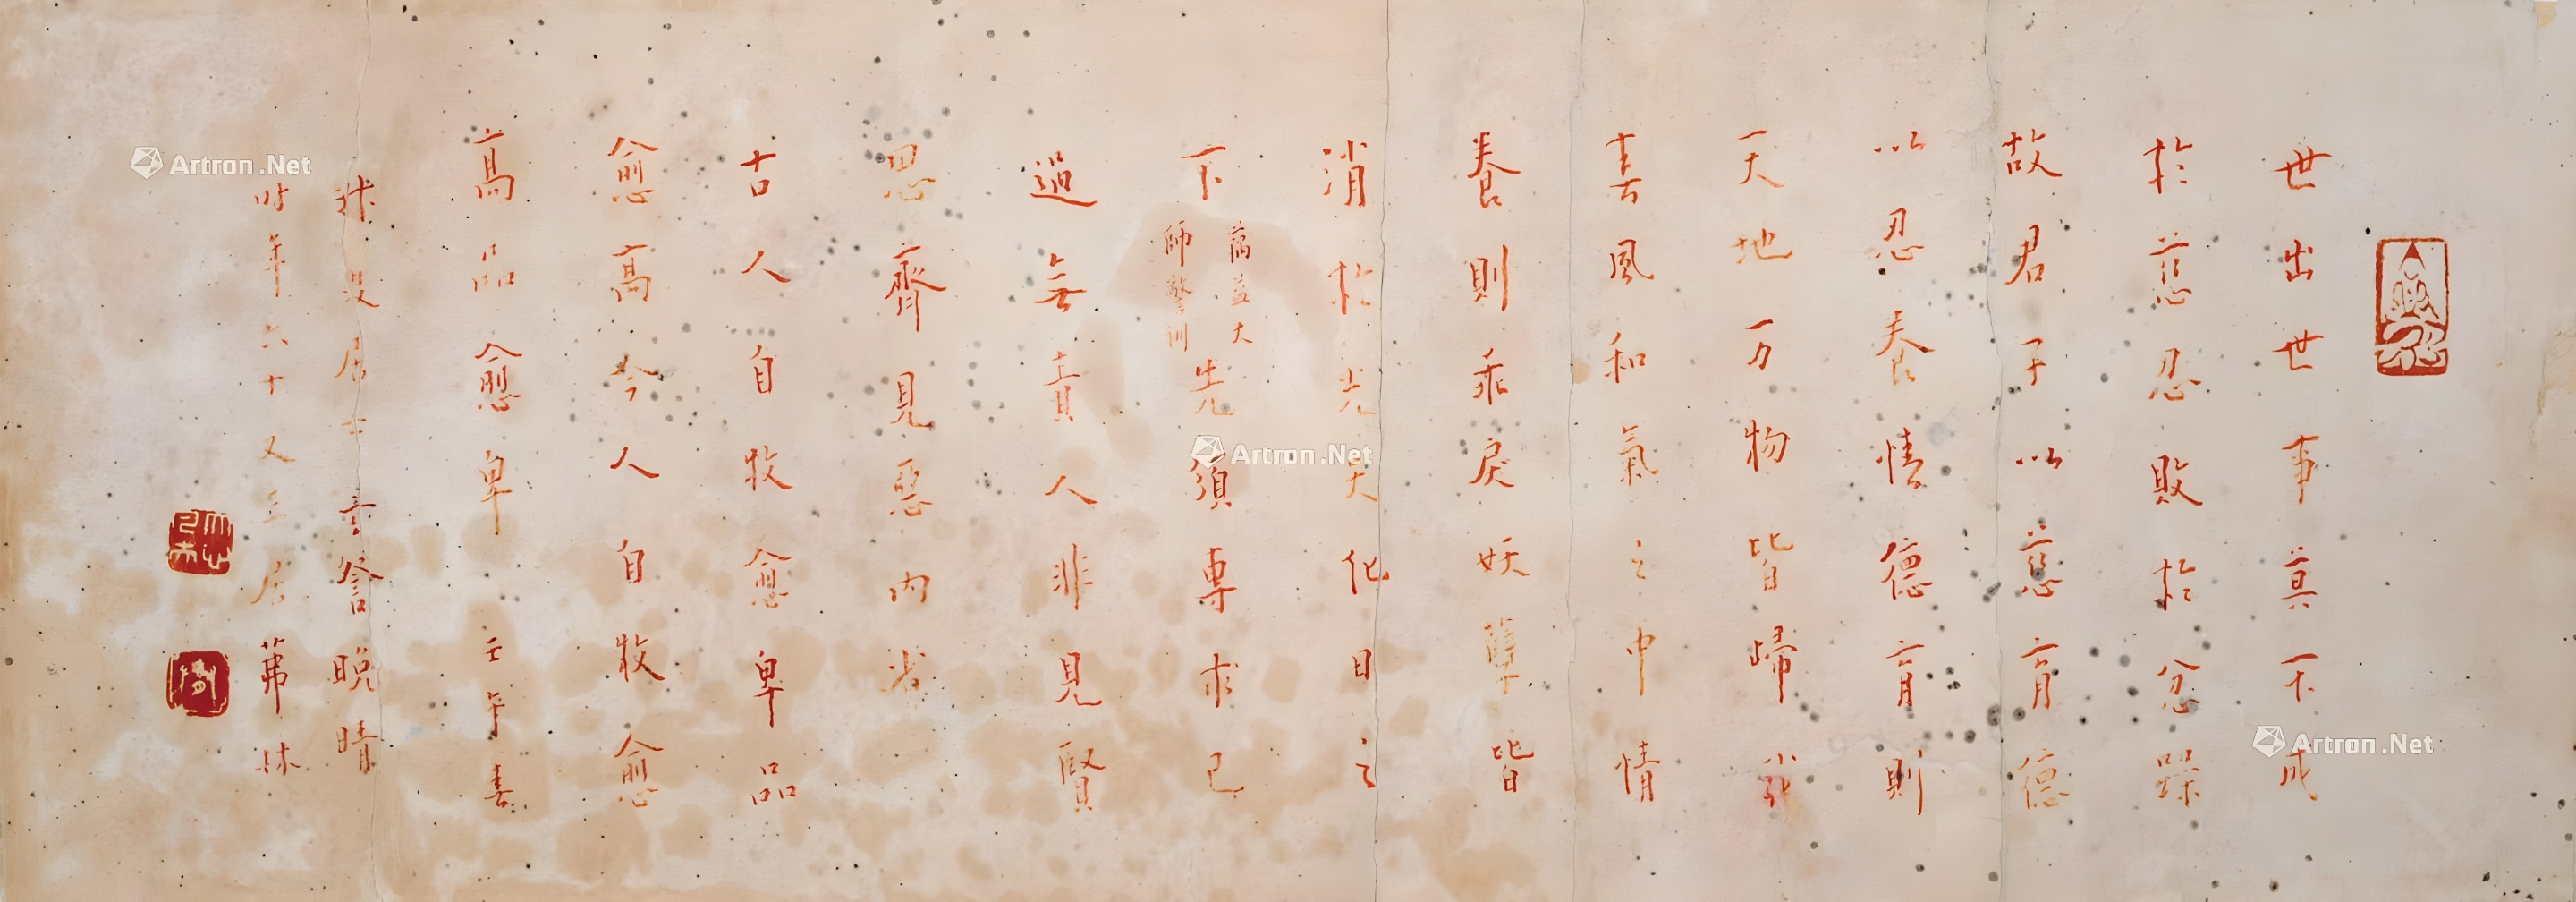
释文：世出世事莫不成于慈忍败于忿躁故君子以慈育德以忍养情德育则天地万物皆归我春风和气之中情养则乖戾妖孽皆清于光天化日之下（𬇕益大师警训）先须专求己过无责人非见贤思齐见恶内省古人自牧愈卑品愈高今人自视愈高品愈卑壬午年秋夏居士玄察晚睛时年六十又三居福林